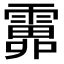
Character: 𩅎